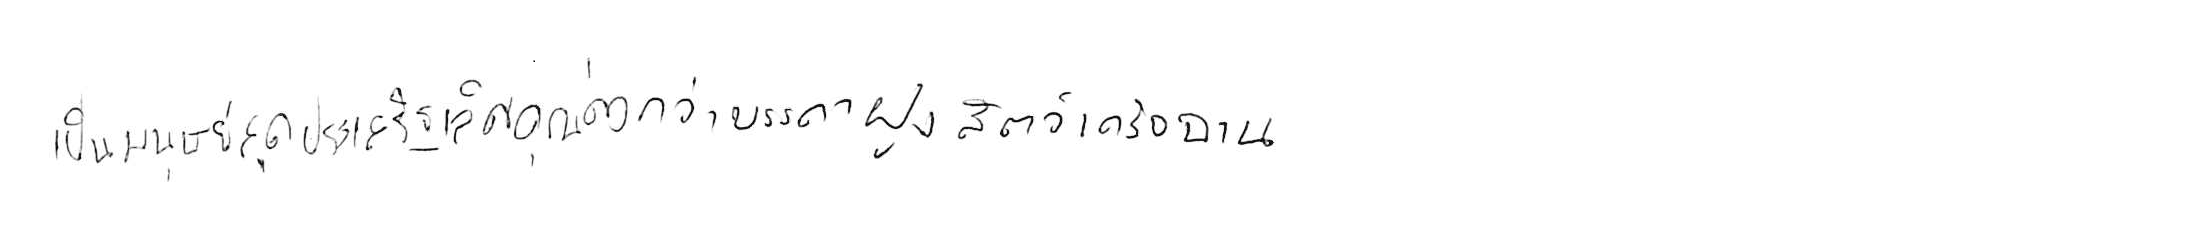
เป็นมนุษย์สุดประเสริฐเลิศคุณค่า กว่าบรรดาฝูงสัตว์เดรัจฉาน